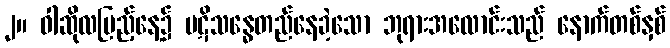
၂။ ဝါဆိုလပြည့်နေ့၌ ပဋိသန္ဓေတည်နေခဲ့သော ဘုရားအလောင်းသည် နောက်တစ်နှစ်